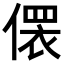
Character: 𪝢